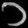
Digit: ၁